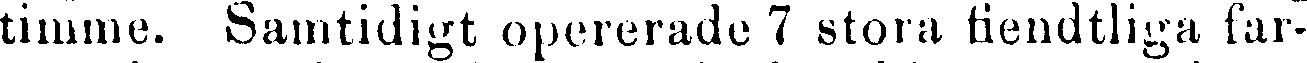
timme. Samtidigt opererade 7 stora fiendtliga far-